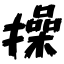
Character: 操